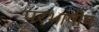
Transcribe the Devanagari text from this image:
परभाषीय